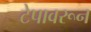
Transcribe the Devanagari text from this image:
टेपावरून